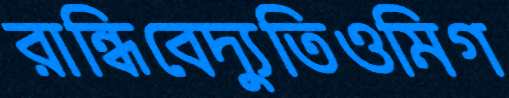
রান্ধিবেদ্যুতিওমিগ